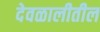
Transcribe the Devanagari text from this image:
देवळालीतील